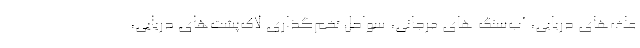
علف‌های دریایی، آب‌سنگ های مرجانی، سواحل تخم‌گذاری لاک‌پشت‌های دریایی،